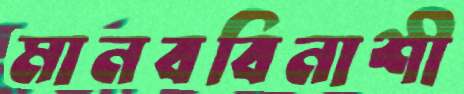
মানববিনাশী